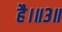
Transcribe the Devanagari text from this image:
है।॥३॥